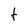
Character: t